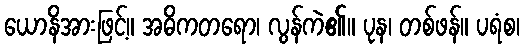
ယောနိအားဖြင့်။ အဓိကတရော၊ လွန်ကဲ၏။ ပုန၊ တစ်ဖန်။ ပရံစ၊